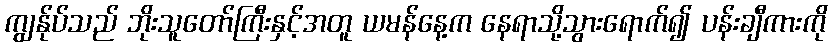
ကျွန်ုပ်သည် ဘိုးသူတော်ကြီးနှင့်အတူ ယမန်နေ့က နေရာသို့သွားရောက်၍ ပန်းချီကားကို